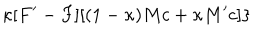
\kappa [ F ^ { \prime } - F ] [ ( 1 - \kappa ) M c + \kappa M ^ { \prime } c ] \}